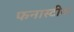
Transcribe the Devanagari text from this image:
फनास्टीक